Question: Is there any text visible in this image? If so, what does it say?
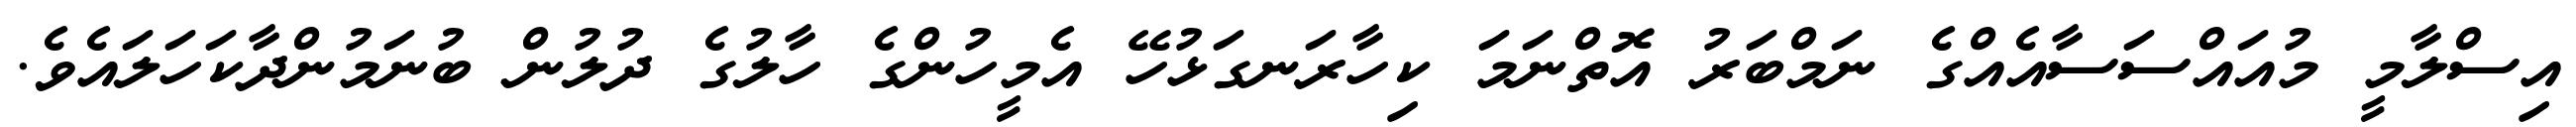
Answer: އިސްލާމީ މުއައްސަސާއެއްގެ ނަމްބަރު އޮތްނަމަ ކިހާރަނގަޅުހޭ އެމީހުންގެ ހާލުގެ ދުލުން ބުނަމުންދާކަހަލައެވެ.